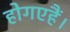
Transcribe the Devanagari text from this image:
होगएहैं।